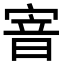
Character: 𡩘